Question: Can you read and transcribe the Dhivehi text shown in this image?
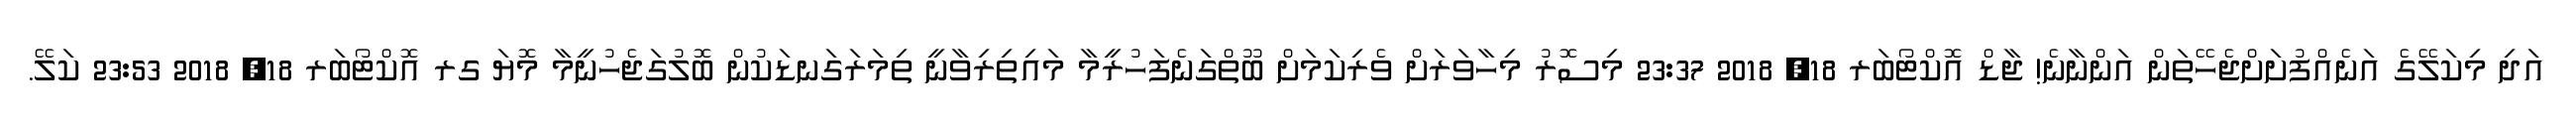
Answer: އަދި މިކަލޭގެ އަނެއްފުށަށްޖެހޭތަން އަންނާނެ! ޖާޑް އޮކްޓޯބަރ 18, 2018 23:37 މިސޮރު މިހާވަރަށް ވެރިކަމަށް ބޫތްގަނެފަހުރީމާ މައިތިރިވާނީ ތިމަރަގަނޑަކުން ބޮލުގަޖެހުނީމާ މޮޔަ ގރ އޮކްޓޯބަރ 18, 2018 23:53 ކަލޭ.